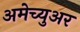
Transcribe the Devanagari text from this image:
अमेच्युअर